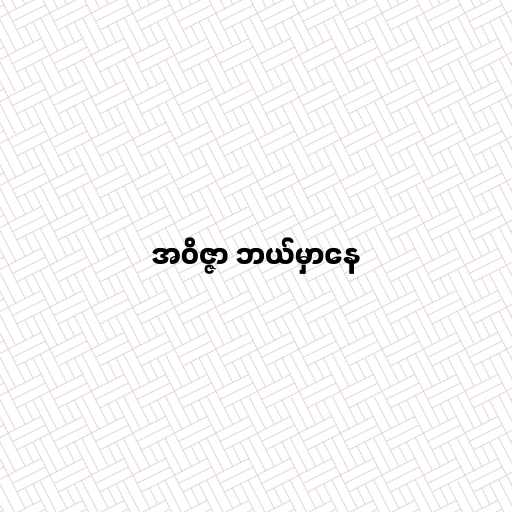
အဝိဇ္ဇာ ဘယ်မှာနေ